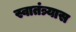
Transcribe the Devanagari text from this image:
स्वातंत्र्यास